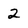
Character: 2